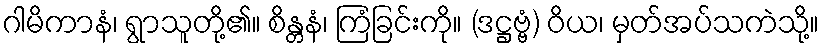
ဂါမိကာနံ၊ ရွာသူတို့၏။ စိန္တနံ၊ ကြံခြင်းကို။ (ဒဋ္ဌဗ္ဗံ) ဝိယ၊ မှတ်အပ်သကဲသို့။